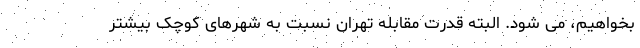
بخواهیم، می شود. البته قدرت مقابله تهران نسبت به شهرهای کوچک بیشتر